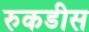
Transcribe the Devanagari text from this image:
रुकडीस